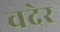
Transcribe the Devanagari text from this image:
वदेर